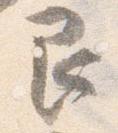
艮